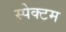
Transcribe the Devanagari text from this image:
स्पेक्टम